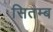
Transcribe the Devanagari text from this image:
सितम्ब